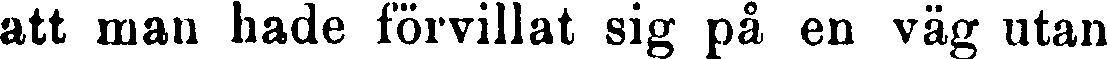
att man hade förvillat sig på en väg utan